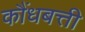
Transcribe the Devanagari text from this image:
कौंधबत्ती